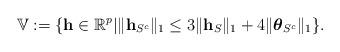
LaTeX: \begin{align*}\mathbb{V}:= \{\mathbf{h}\in \mathbb{R}^p | \|\mathbf{h}_{S^c}\|_1 \leq 3\| \mathbf{h}_S\|_1+4\|\boldsymbol{\theta}_{S^c}\|_1\}.\end{align*}